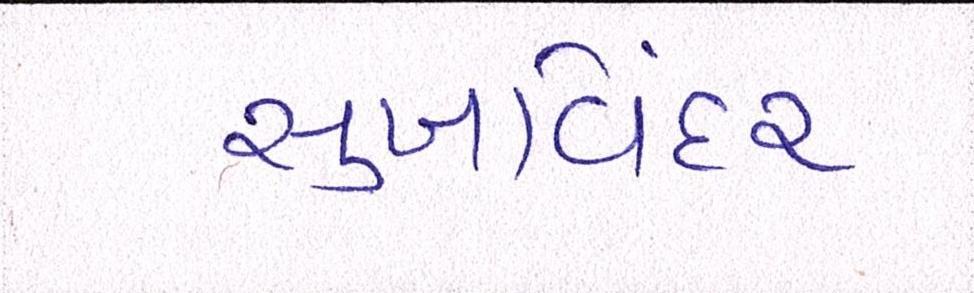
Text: સુખવિંદર